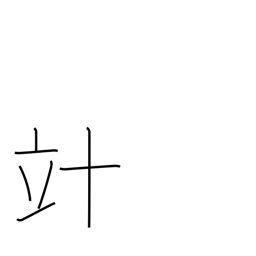
Meaning: decalitre